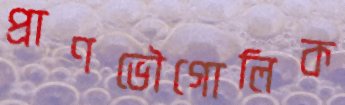
প্রাণভৌগোলিক